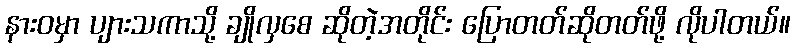
နားဝမှာ ပျားသကာသို့ ချိုလှစေ ဆိုတဲ့အတိုင်း ပြောတတ်ဆိုတတ်ဖို့ လိုပါတယ်။